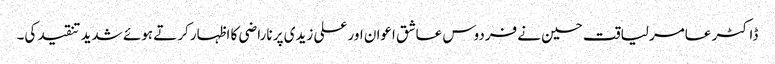
ڈاکٹر عامر لیاقت حسین نے فردوس عاشق اعوان اور علی زیدی پر ناراضی کا اظہار کرتے ہوئے شدید تنقید کی۔